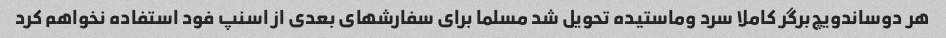
هر دو‌ساندویچ‌برگر کاملا سرد و‌ماستیده تحویل شد مسلما برای سفارشهای بعدی از اسنپ فود استفاده نخواهم کرد